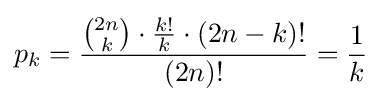
p_{k}={\frac {{{2n} \choose k}\cdot {\frac {k!}{k}}\cdot (2n-k)!}{(2n)!}}={\frac {1}{k}}